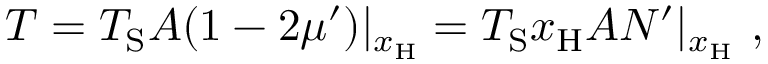
T = T _ { \mathrm { S } } A ( 1 - 2 \mu ^ { \prime } ) | _ { x _ { \mathrm { H } } } = T _ { \mathrm { S } } x _ { \mathrm { H } } A N ^ { \prime } | _ { x _ { \mathrm { H } } } \ ,